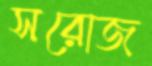
সরোজ